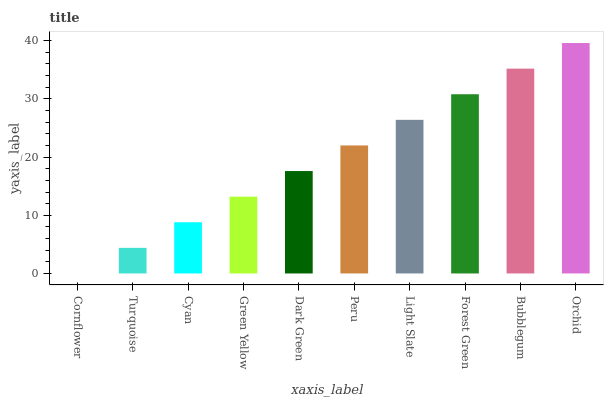
| xaxis_label | bars |
 | --- | --- |
 | Cornflower | 0 |
 | Turquoise | 4.4 |
 | Cyan | 8.8 |
 | Green Yellow | 13.2 |
 | Dark Green | 17.6 |
 | Peru | 22 |
 | Light Slate | 26.4 |
 | Forest Green | 30.8 |
 | Bubblegum | 35.2 |
 | Orchid | 39.6 |